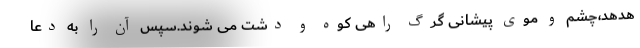
هدهد،چشم و موی پیشانی گرگ راهی کوه و دشت می شوند.سپس آن را به دعا